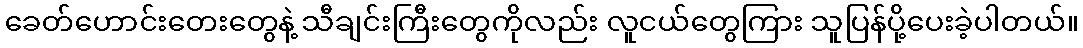
ခေတ်ဟောင်းတေးတွေနဲ့ သီချင်းကြီးတွေကိုလည်း လူငယ်တွေကြား သူပြန်ပို့ပေးခဲ့ပါတယ်။